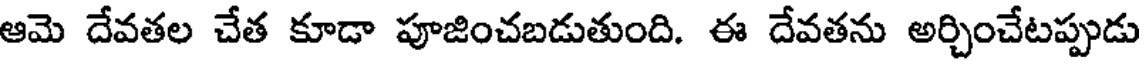
ఆమె దేవతల చేత కూడా పూజించబడుతుంది. ఈ దేవతను అర్చించేటప్పుడు